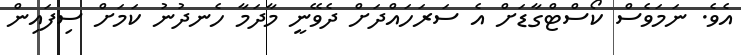
އެވެ. ނަމަވެސް ކޯސްޓްގާޑަށް އެ ސަރަހައްދަށް ދެވޭނީ މާދަމާ ހެނދުނު ކަމަށް ސިފައިން